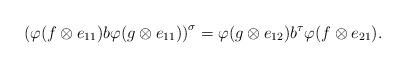
LaTeX: \begin{align*}\left(\varphi(f\otimes e_{11})b\varphi(g\otimes e_{11})\right)^{\sigma}=\varphi(g\otimes e_{12})b^{\tau}\varphi(f\otimes e_{21}).\end{align*}